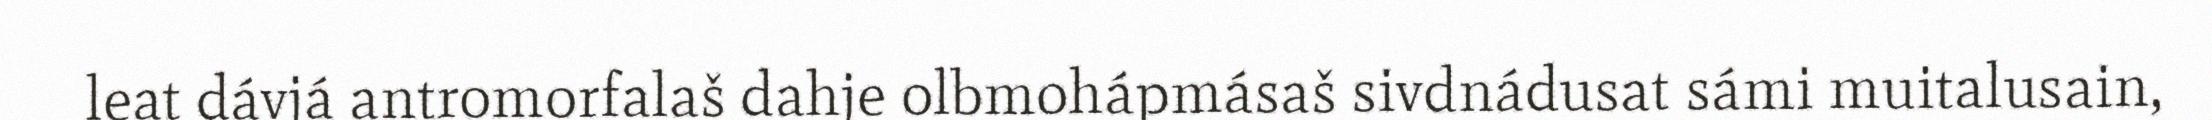
leat dávjá antromorfalaš dahje olbmohápmásaš sivdnádusat sámi muitalusain,